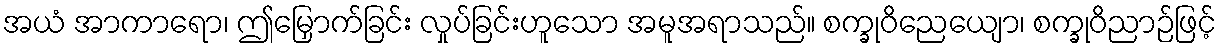
အယံ အာကာရော၊ ဤမြှောက်ခြင်း လှုပ်ခြင်းဟူသော အမူအရာသည်။ စက္ခုဝိညေယျော၊ စက္ခုဝိညာဉ်ဖြင့်